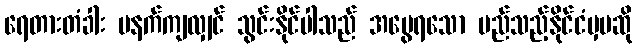
ရေတားတံခါး မနက်ကျလျှင် သွင်းနိုင်ပါသည် အမွေရသော မည်သည့်နိုင်ငံမှမဆို